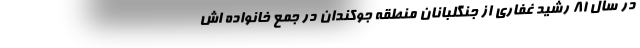
در سال ۸۱ رشید غفاری از جنگلبانان منطقه جوکندان در جمع خانواده اش